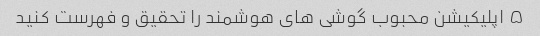
۵ اپلیکیشن محبوب گوشی های هوشمند را تحقیق و فهرست کنید